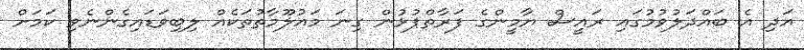
އަދި އެ ބައްދަލުވުމުގައި ރައީސް ޔާމީންގެ ފަރާތްޕުޅުން ގިނަ މައުލޫމާތުތަކެއް ލިބިވަޑައިގެންނެވި ކަމަށް